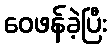
ဝေဖန်ခဲ့ပြီး